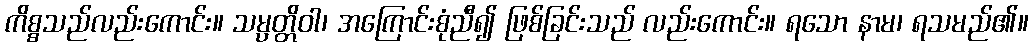
ကိစ္စသည်လည်းကောင်း။ သမ္ပတ္တိဝါ၊ အကြောင်းစုံညီ၍ ဖြစ်ခြင်းသည် လည်းကောင်း။ ရသော နာမ၊ ရသမည်၏။